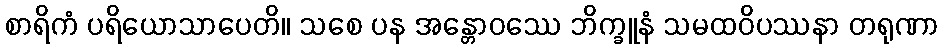
စာရိကံ ပရိယောသာပေတိ။ သစေ ပန အန္တောဝဿေ ဘိက္ခူနံ သမထဝိပဿနာ တရုဏာ